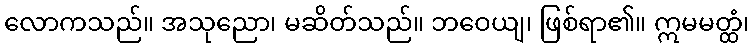
လောကသည်။ အသုညော၊ မဆိတ်သည်။ ဘဝေယျ၊ ဖြစ်ရာ၏။ ဣမမတ္ထံ၊